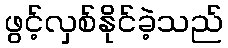
ဖွင့်လှစ်နိုင်ခဲ့သည်